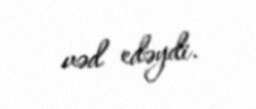
vəd edəydi.